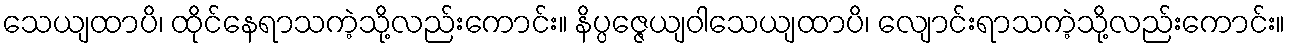
သေယျထာပိ၊ ထိုင်နေရာသကဲ့သို့လည်းကောင်း။ နိပ္ပဇ္ဇေယျဝါသေယျထာပိ၊ လျောင်းရာသကဲ့သို့လည်းကောင်း။